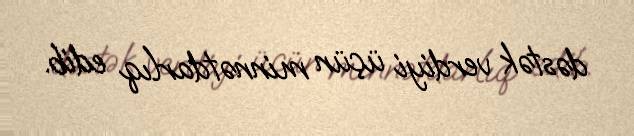
dəstək verdiyi üçün minnətdarlıq edib.